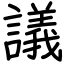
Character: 議